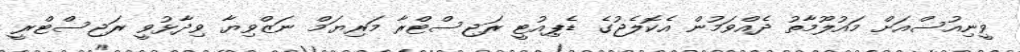
ވީނިއުސްއަށް މައުލޫމާތު ދެއްވަމުން އެކޮލެޖުގެ ޑެޕިއުޓީ ރަޖިސްޓްރާ މަރިޔަމް ނަޒްވިޔާ ވިދާޅުވީ ރަޖިސްޓްރީ